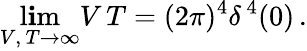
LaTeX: \operatorname*{l\mathbf{i}m}_{V,\, T\to\infty}V\, T=(2\pi)^{4}\delta^{\, 4}(0)\, .